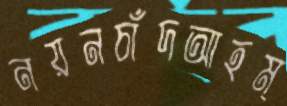
নয়নচাঁদআহম্